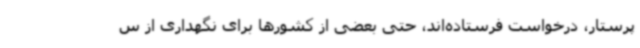
پرستار، درخواست فرستاده‌اند، حتی بعضی از کشورها برای نگهداری از س